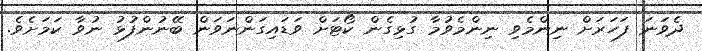
ދެވަނަ ފަހަރަށް ނިންމެވި ނިންމެވުމާ ގުޅިގެން ކޯޓަށް ވަޑައިގަންނަވަން ބޭނުންފުޅު ނުވާ ކަމަށެވެ.